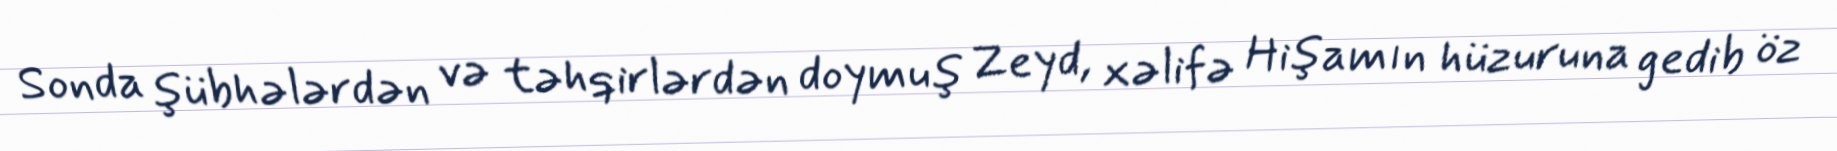
Sonda şübhələrdən və təhqirlərdən doymuş Zeyd, xəlifə Hişamın hüzuruna gedib öz